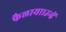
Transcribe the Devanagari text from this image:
फैलाया।उन्हें